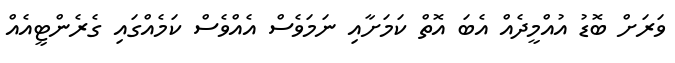
ވަރަށް ބޮޑު އުއްމީދެއް އެބަ އޮތް ކަމަށާއި ނަމަވެސް އެއްވެސް ކަމެއްގައި ގެރެންޓީއެއް